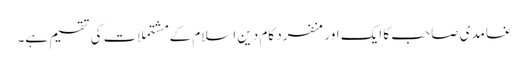
غامدی صاحب کا ایک اورمنفرد کام دین اسلام کے مشتملات کی تقسیم ہے۔